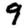
Digit: 9